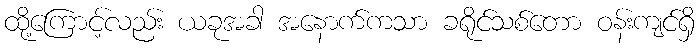
ထို့ကြောင့်လည်း ယခုအခါ အနောက်ကသာ ခရိုင်သစ်တော ဝန်းကျင်ရှိ